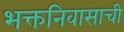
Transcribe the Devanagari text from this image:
भक्तनिवासाची